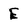
Character: E